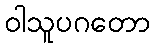
ဝါသူပဂတော